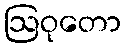
ဩဝုတော